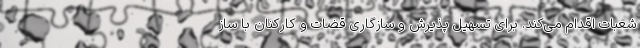
شعبات اقدام می‌کند. برای تسهیل پذیرش و سازگاری قضات و کارکنان با ساز